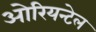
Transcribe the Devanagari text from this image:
ओरियन्टेल